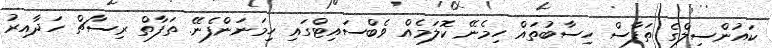
ކައުންސިލްގެ ތަފާސް ހިސާބުތައް ހިމެނޭ ކޮލަމެއް ވެބްސައިޓްގައި ހިމަނަންފެނޭ. ތަފާތް ރިސާޗް ހަދާއިރު